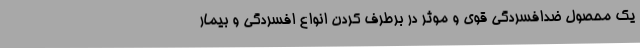
یک محصول ضدافسردگی قوی و موثر در برطرف کردن انواع افسردگی و بیمار